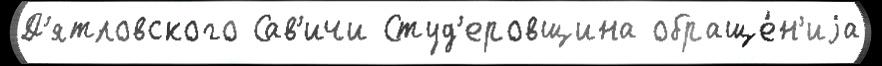
Д'ятловского Сав'ичи Студ'еровщина обраще́н'иjа